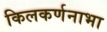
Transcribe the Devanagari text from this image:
किलकर्णनाभा